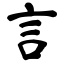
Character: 言